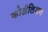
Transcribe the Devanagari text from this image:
कोॲलिशन